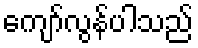
ကျော်လွန်ပါသည်